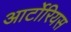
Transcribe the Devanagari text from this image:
आर्टोरियस